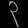
Digit: ၃